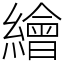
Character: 繪